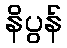
နိပွန်